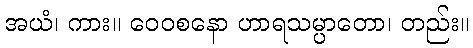
အယံ၊ ကား။ ဝေဝစနော ဟာရသမ္ပာတော၊ တည်း။